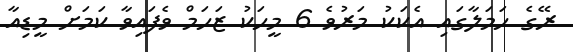
ރޭގެ ހަމަލާގައި އެކަކު މަރުވެ 6 މީހަކު ޒަހަމް ވެފައިވާ ކަމަށް މީޑިއާ